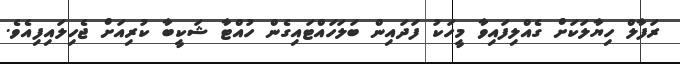
ރަފާލް ހިޔާލަކަށް ގެއްލިފައިވާ މީހަކު ފަދައިން ބަލަހައްޓައިގެން ހުއްޓާ ޝަކީބާ ކުރިއަށް ޖެހިލައިފިއެވެ.